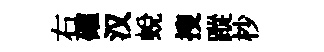
右確汉蛻搜蹤杪